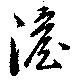
澹